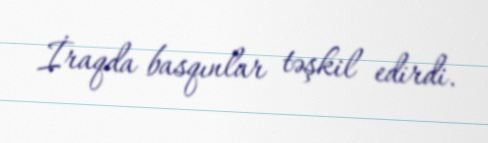
İraqda basqınlar təşkil edirdi.